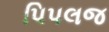
પિપલજ